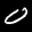
Label: 0